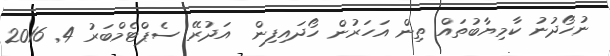
ނުހޯދުނު ކާމިޔާބުތައް ތިން އަހަރުން ހޯދައިފިން  އަދުރޭ ސެޕްޓެމްބަރު 4